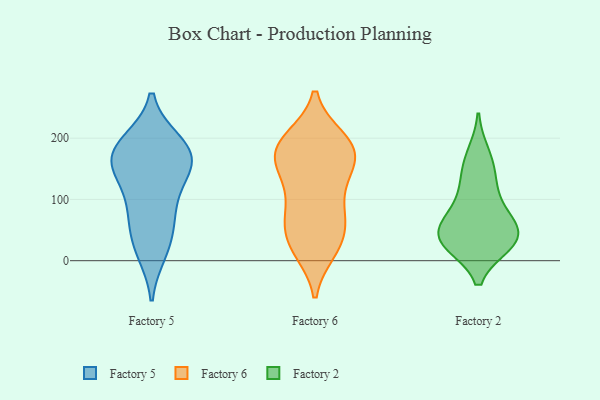
{"axis": {"x": "Bounce Rate (%)", "y": "Value"}, "legend": ["Factory 2", "Factory 5", "Factory 6"], "data": [{"x": "", "y": 157, "type": "Factory 5"}, {"x": "", "y": 88, "type": "Factory 5"}, {"x": "", "y": 193, "type": "Factory 5"}, {"x": "", "y": 84, "type": "Factory 5"}, {"x": "", "y": 164, "type": "Factory 5"}, {"x": "", "y": 132, "type": "Factory 5"}, {"x": "", "y": 24, "type": "Factory 5"}, {"x": "", "y": 164, "type": "Factory 5"}, {"x": "", "y": 181, "type": "Factory 5"}, {"x": "", "y": 15, "type": "Factory 5"}, {"x": "", "y": 156, "type": "Factory 5"}, {"x": "", "y": 193, "type": "Factory 5"}, {"x": "", "y": 56, "type": "Factory 5"}, {"x": "", "y": 172, "type": "Factory 6"}, {"x": "", "y": 34, "type": "Factory 6"}, {"x": "", "y": 20, "type": "Factory 6"}, {"x": "", "y": 21, "type": "Factory 6"}, {"x": "", "y": 182, "type": "Factory 6"}, {"x": "", "y": 199, "type": "Factory 6"}, {"x": "", "y": 129, "type": "Factory 6"}, {"x": "", "y": 193, "type": "Factory 6"}, {"x": "", "y": 17, "type": "Factory 6"}, {"x": "", "y": 147, "type": "Factory 6"}, {"x": "", "y": 156, "type": "Factory 6"}, {"x": "", "y": 147, "type": "Factory 6"}, {"x": "", "y": 195, "type": "Factory 6"}, {"x": "", "y": 105, "type": "Factory 6"}, {"x": "", "y": 67, "type": "Factory 6"}, {"x": "", "y": 67, "type": "Factory 6"}, {"x": "", "y": 71, "type": "Factory 6"}, {"x": "", "y": 175, "type": "Factory 6"}, {"x": "", "y": 72, "type": "Factory 6"}, {"x": "", "y": 193, "type": "Factory 6"}, {"x": "", "y": 60, "type": "Factory 2"}, {"x": "", "y": 29, "type": "Factory 2"}, {"x": "", "y": 103, "type": "Factory 2"}, {"x": "", "y": 29, "type": "Factory 2"}, {"x": "", "y": 152, "type": "Factory 2"}, {"x": "", "y": 34, "type": "Factory 2"}, {"x": "", "y": 64, "type": "Factory 2"}, {"x": "", "y": 27, "type": "Factory 2"}, {"x": "", "y": 36, "type": "Factory 2"}, {"x": "", "y": 174, "type": "Factory 2"}, {"x": "", "y": 65, "type": "Factory 2"}, {"x": "", "y": 125, "type": "Factory 2"}]}